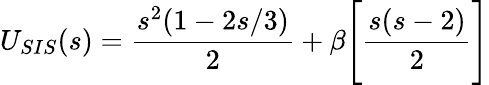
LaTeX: U_{SIS}(s)=\displaystyle\frac{s^{2}(1-2s/3)}{2}+\beta\Biggl[\frac{s(s-2)}{2}\Biggr]